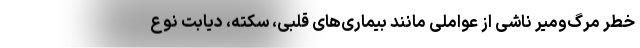
خطر مرگ‌ومیر ناشی از عواملی مانند بیماری‌های قلبی، سکته، دیابت نوع